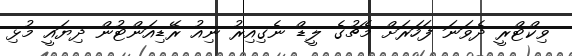
ވިކްޓްރީ ދެވަނަ ފަހަރަށް މެޗުގެ ލީޑް ނެގިއިރު ނިއު ރޭޑިއަންޓުން ދިޔައީ މުޅި